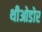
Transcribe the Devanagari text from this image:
थीओडोर